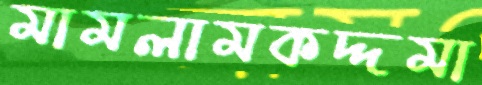
মামলামকদ্দমা